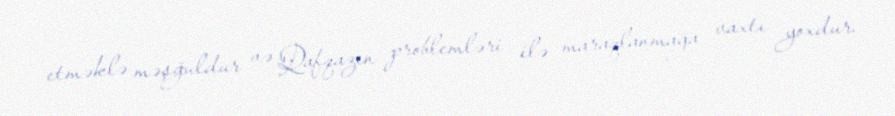
etməklə məşğuldur və Qafqazın problemləri ilə maraqlanmağa vaxtı yoxdur.